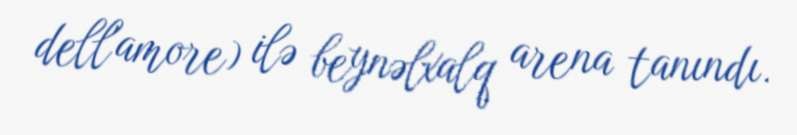
dell'amore) ilə beynəlxalq arena tanındı.